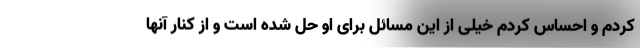
کردم و احساس کردم خیلی از این مسائل برای او حل شده است و از کنار آنها